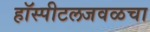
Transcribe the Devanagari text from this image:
हॉस्पीटलजवळचा